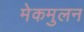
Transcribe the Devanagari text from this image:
मेकमुलन